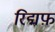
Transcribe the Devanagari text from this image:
रिद्मफ़